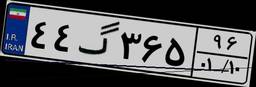
۲۸گ۱۱۶۵۰